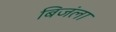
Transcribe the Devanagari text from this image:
बिजंला